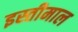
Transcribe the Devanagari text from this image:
इस्तीमाल